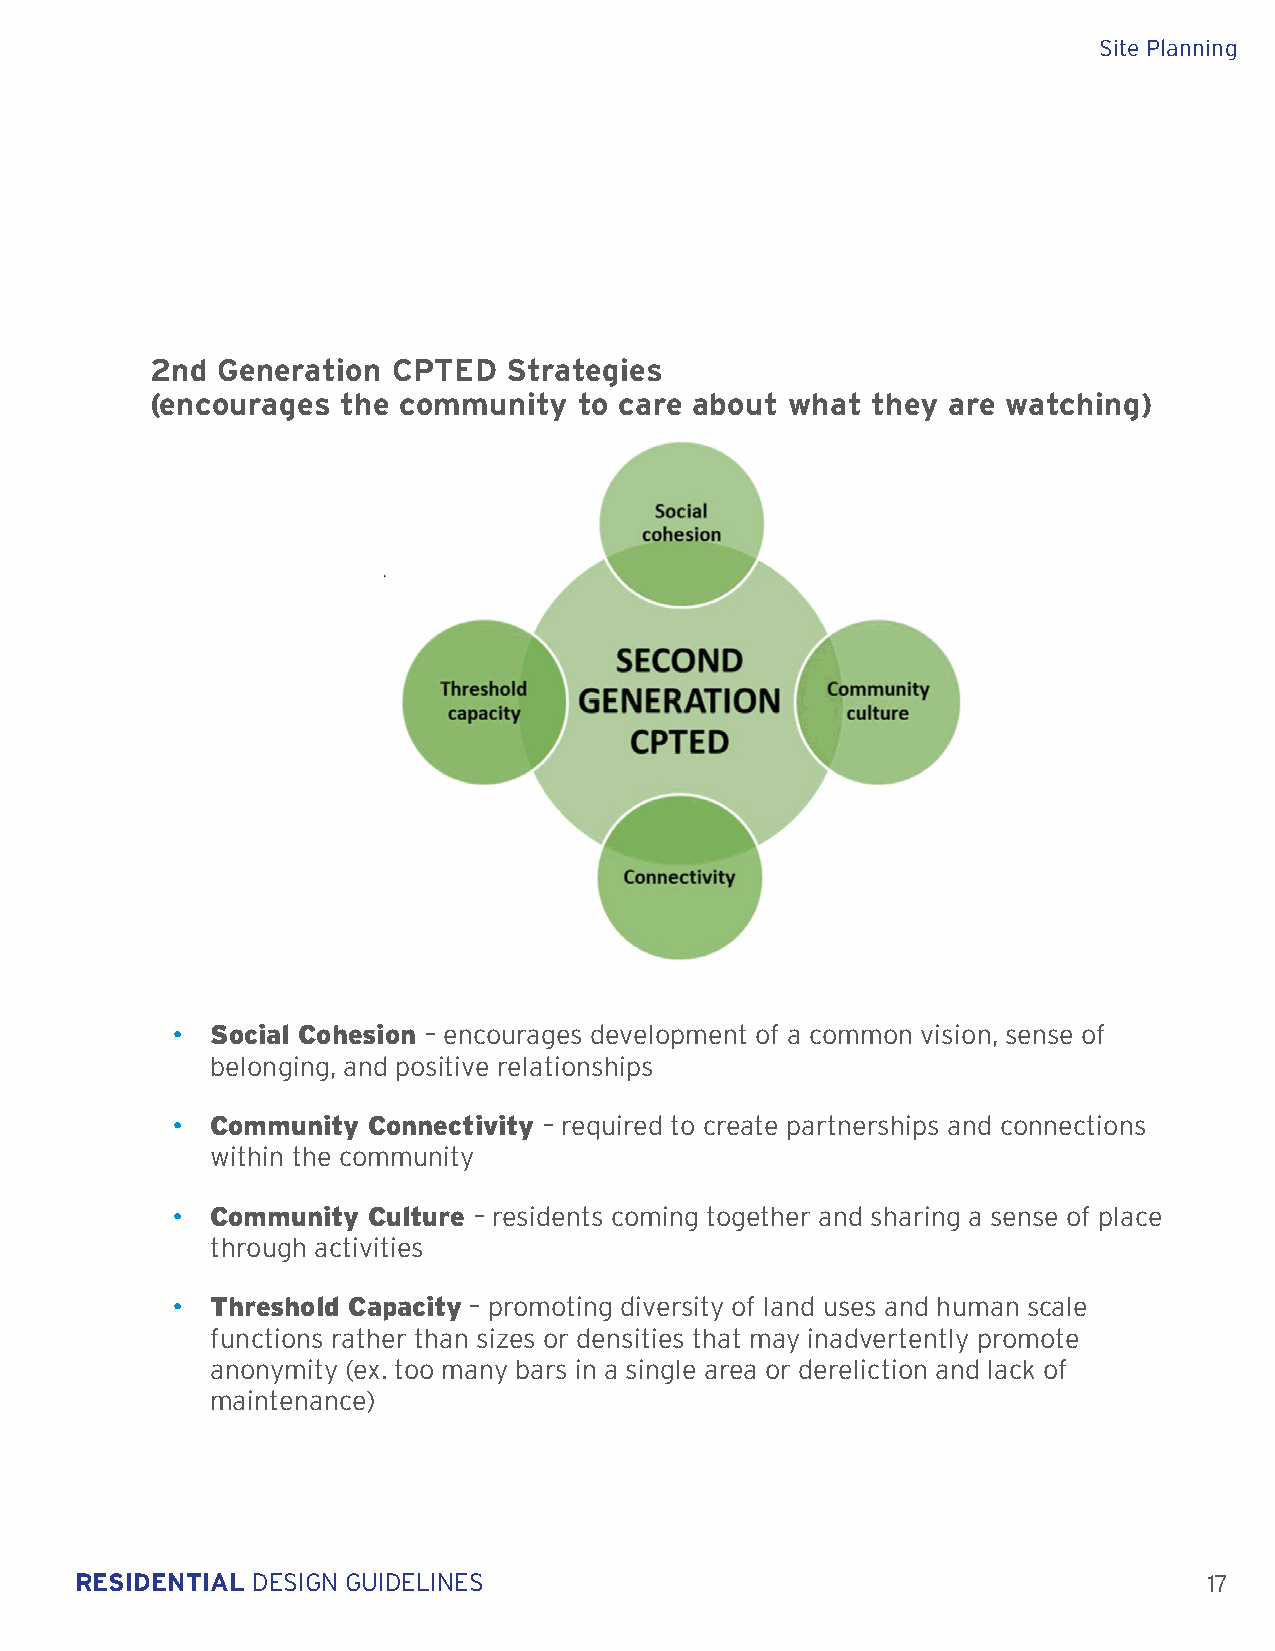
Site Planning
 2nd Generation  CPTED   Strategies
 (encourages  the community  to care about what  they are watching)
 Social Cohesion – encourages development of a common vision, sense of
 •
 belonging, and positive relationships
 Community Connectivity – required to create partnerships and connections
 •
 within the community
 Community Culture – residents coming together and sharing a sense of place
 •
 through activities
 Threshold Capacity – promoting diversity of land uses and human scale
 •
 functions rather than sizes or densities that may inadvertently promote
 anonymity (ex. too many bars in a single area or dereliction and lack of
 maintenance)
 RESIDENTIAL DESIGN GUIDELINES                                              17